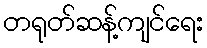
တရုတ်ဆန့်ကျင်ရေး